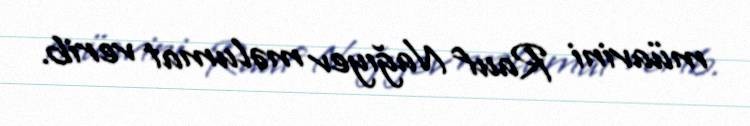
müavini Rauf Nağıyev məlumat verib.